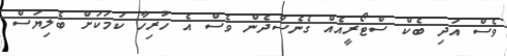
ވެސް އަދި ބެކް ސްޓޯރީއެއް ގެނެސްދެން ވެސް އެ ހުރިހާ ކަމަކަށް ބެލިޔަސް